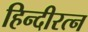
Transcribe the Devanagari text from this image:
हिन्दीरत्न